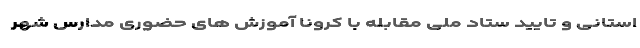
استانی و تایید ستاد ملی مقابله با کرونا آموزش های حضوری مدارس شهر